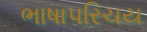
ભાષાપરિચય